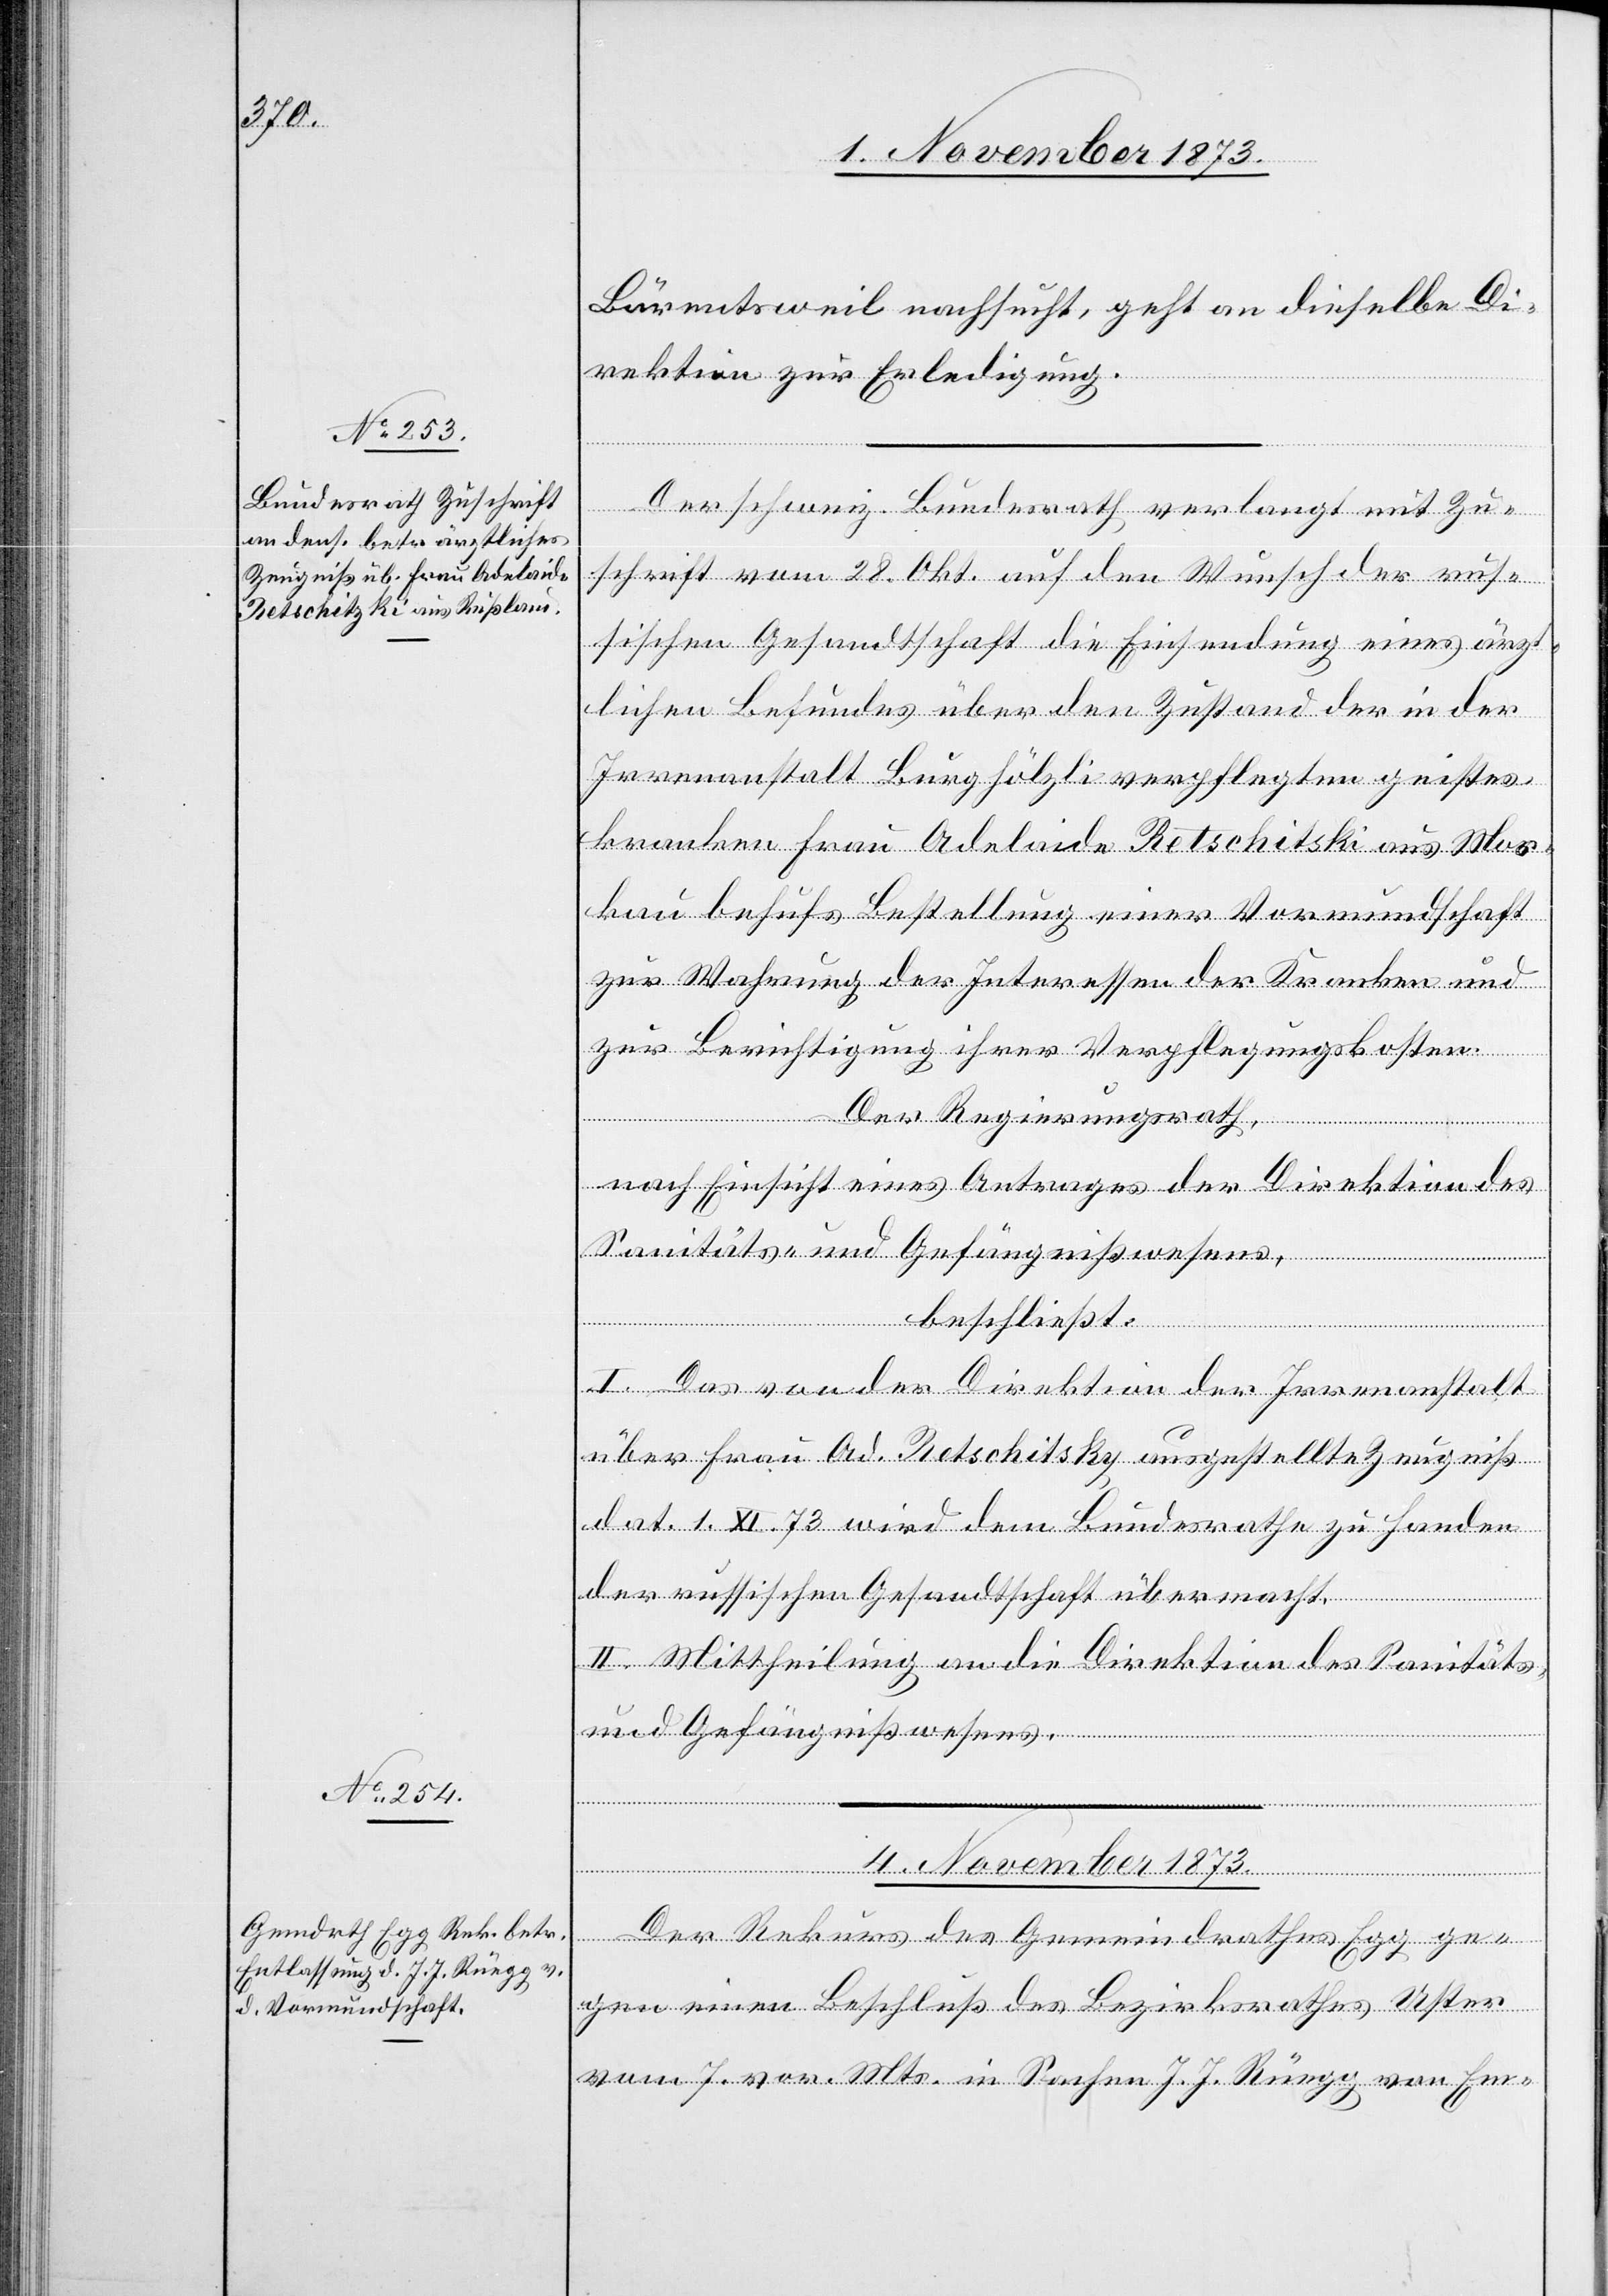
4. November 1873.
Bärentsweil nachsucht, geht an dieselbe Di¬
rektion zur Erledigung.
Der schweiz. Bundesrath verlangt mit Zu¬
schrift vom 28. Okt. auf den Wunsch der rus¬
sischen Gesandtschaft die Einsendung eines ärz¬
tlichen Befundes über den Zustand der in der
Irrenanstalt Burghölzli verpflegten geistes¬
kranken Frau Adelaide Retschitski [sic!] aus Mos¬
kau behufs Bestellung einer Vormundschaft
zur Wahrung der Interessen der Kranken und
zur Berichtigung ihrer Verpflegungskosten.
Der Regierungsrath,
nach Einsicht eines Antrages der Direktion des
Sanitäts- und Gefängnißwesens,
beschließt:
I. Das von der Direktion der Irrenanstalt
über Frau Ad. Retschitsky [sic!] ausgestellte Zeugniß
dat. 1. XI. 73 wird dem Bundesrathe zu Handen
der russischen Gesandtschaft übermacht.
II. Mittheilung an die Direktion des Sanitäts-
und Gefängnißwesens.
Der Rekurs des Gemeindrathes Egg ge¬
gen einen Beschluß des Bezirksrathes Uster
vom 7. vor. Mts. in Sachen J. J. Rüegg von Em-